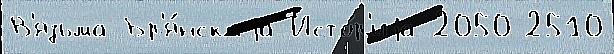
В'язьма-Бр'я́нскаjа Исто́р'иjа 2050 2510